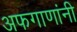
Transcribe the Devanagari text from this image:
अफगाणांनी